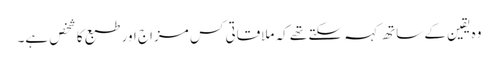
وہ یقین کے ساتھ کہہ سکتے تھے کہ ملاقاتی کس مزاج اور طبع کا شخص ہے۔